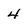
Character: 4